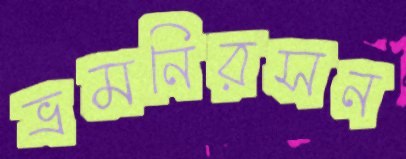
ভ্রমনিরসন